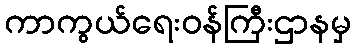
ကာကွယ်ရေးဝန်ကြီးဌာနမှ